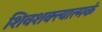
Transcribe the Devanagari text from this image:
शिवशक्त्यात्मकं